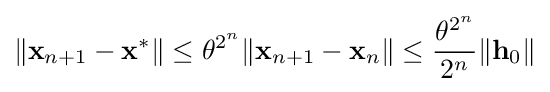
\|\mathbf {x} _{n+1}-\mathbf {x} ^{*}\|\leq \theta ^{2^{n}}\|\mathbf {x} _{n+1}-\mathbf {x} _{n}\|\leq {\frac {\theta ^{2^{n}}}{2^{n}}}\|\mathbf {h} _{0}\|